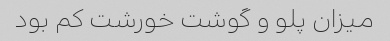
میزان پلو و گوشت خورشت کم بود